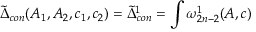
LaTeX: \tilde { \Delta } _ { c o n } ( A _ { 1 } , A _ { 2 } , c _ { 1 } , c _ { 2 } ) = \tilde { \Delta } _ { c o n } ^ { 1 } = \int \omega _ { 2 n - 2 } ^ { 1 } ( A , c )